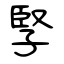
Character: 孯